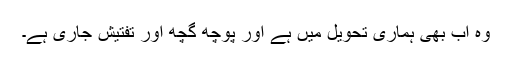
وہ اب بھی ہماری تحویل میں ہے اور پوچھ گچھ اور تفتیش جاری ہے۔